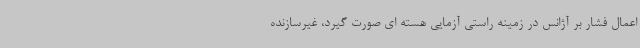
اعمال فشار بر آژانس در زمینه راستی آزمایی هسته ای صورت گیرد، غیرسازنده